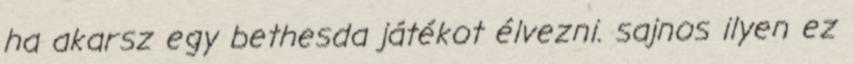
ha akarsz egy bethesda játékot élvezni. sajnos ilyen ez